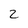
Character: 2